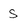
Character: S